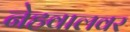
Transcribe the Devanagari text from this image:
नेहवालवर